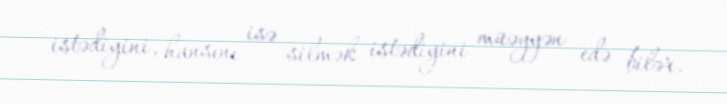
istədiyini, hansını isə silmək istədiyini müəyyən edə bilər.